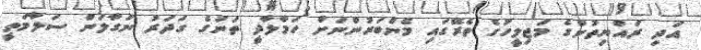
އަދި ރައްޔިތުންގެ މަޖިލީހުގެ ތެރޭގައި މެންބަރުންނަށް ހަމާލާދީ ތަނުގެ ގަދަރު ނަގާލަން ސަލާމަތީ